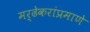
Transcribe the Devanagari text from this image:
मर्ढेकरांप्रमाणे